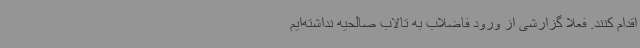
اقدام کنند. فعلاً گزارشی از ورود فاضلاب به تالاب صالحیه نداشته‌ایم